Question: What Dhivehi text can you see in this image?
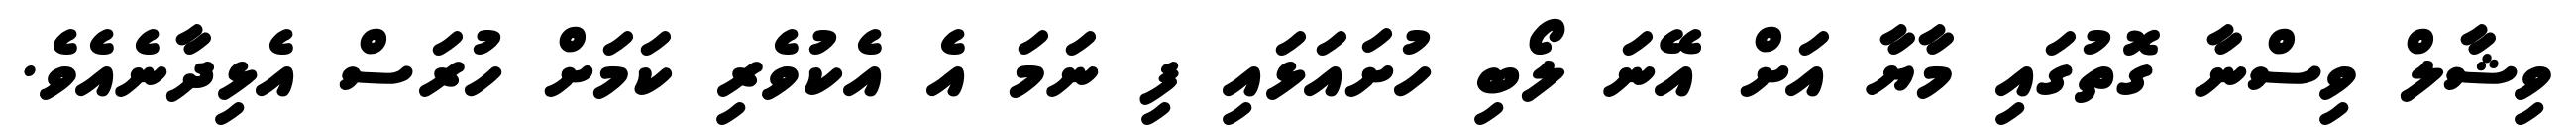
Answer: ވިޝާލް ވިސްނާ ގޮތުގައި މާޔާ އަށް އޭނަ ލޯބި ހުށައަޅައި ފި ނަމަ އެ އެކުވެރި ކަމަށް ހުރަސް އެޅިދާނެއެވެ.